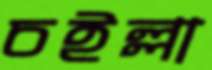
চইল্লা